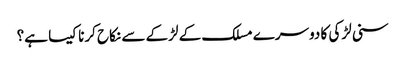
سنی لڑکی کا دوسرے مسلک کے لڑکے سے نکاح کرنا کیسا ہے؟